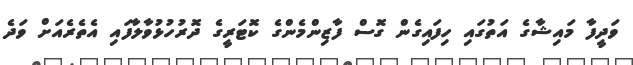
ވަދީފާ މައިޝާގެ އަތުގައި ހިފައިގެން ގޮސް ފާޒިންމެންގެ ކޮޓަރީގެ ދޮރުހުޅުވާލާފައި އެތެރެއަށް ވަދެ